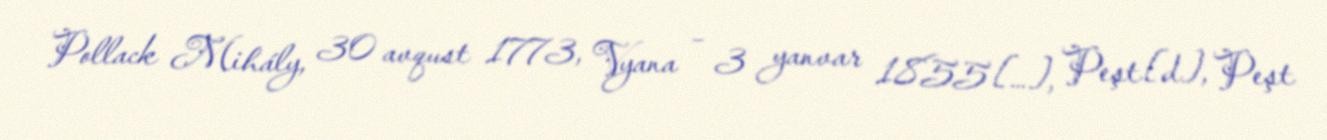
Pollack Mihály, 30 avqust 1773, Vyana – 3 yanvar 1855[…], Peşt[d], Peşt